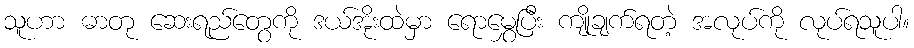
သူဟာ ဓာတု ဆေးရည်တွေကို ဒယ်အိုးထဲမှာ ရောမွှေပြီး ကျိုချက်ရတဲ့ အလုပ်ကို လုပ်ရသူပါ။